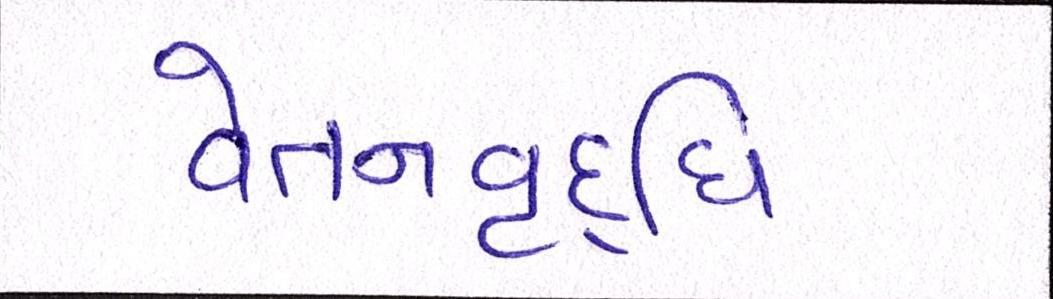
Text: વેતનવૃદ્ધિ